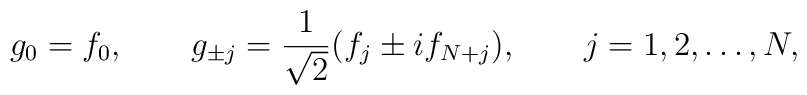
g_0=f_0,\qquad g_{\pm j}= \frac{1}{\sqrt{2}}(f_j \pm i f_{N+j}), \qquad j=1,2,\ldots,N,